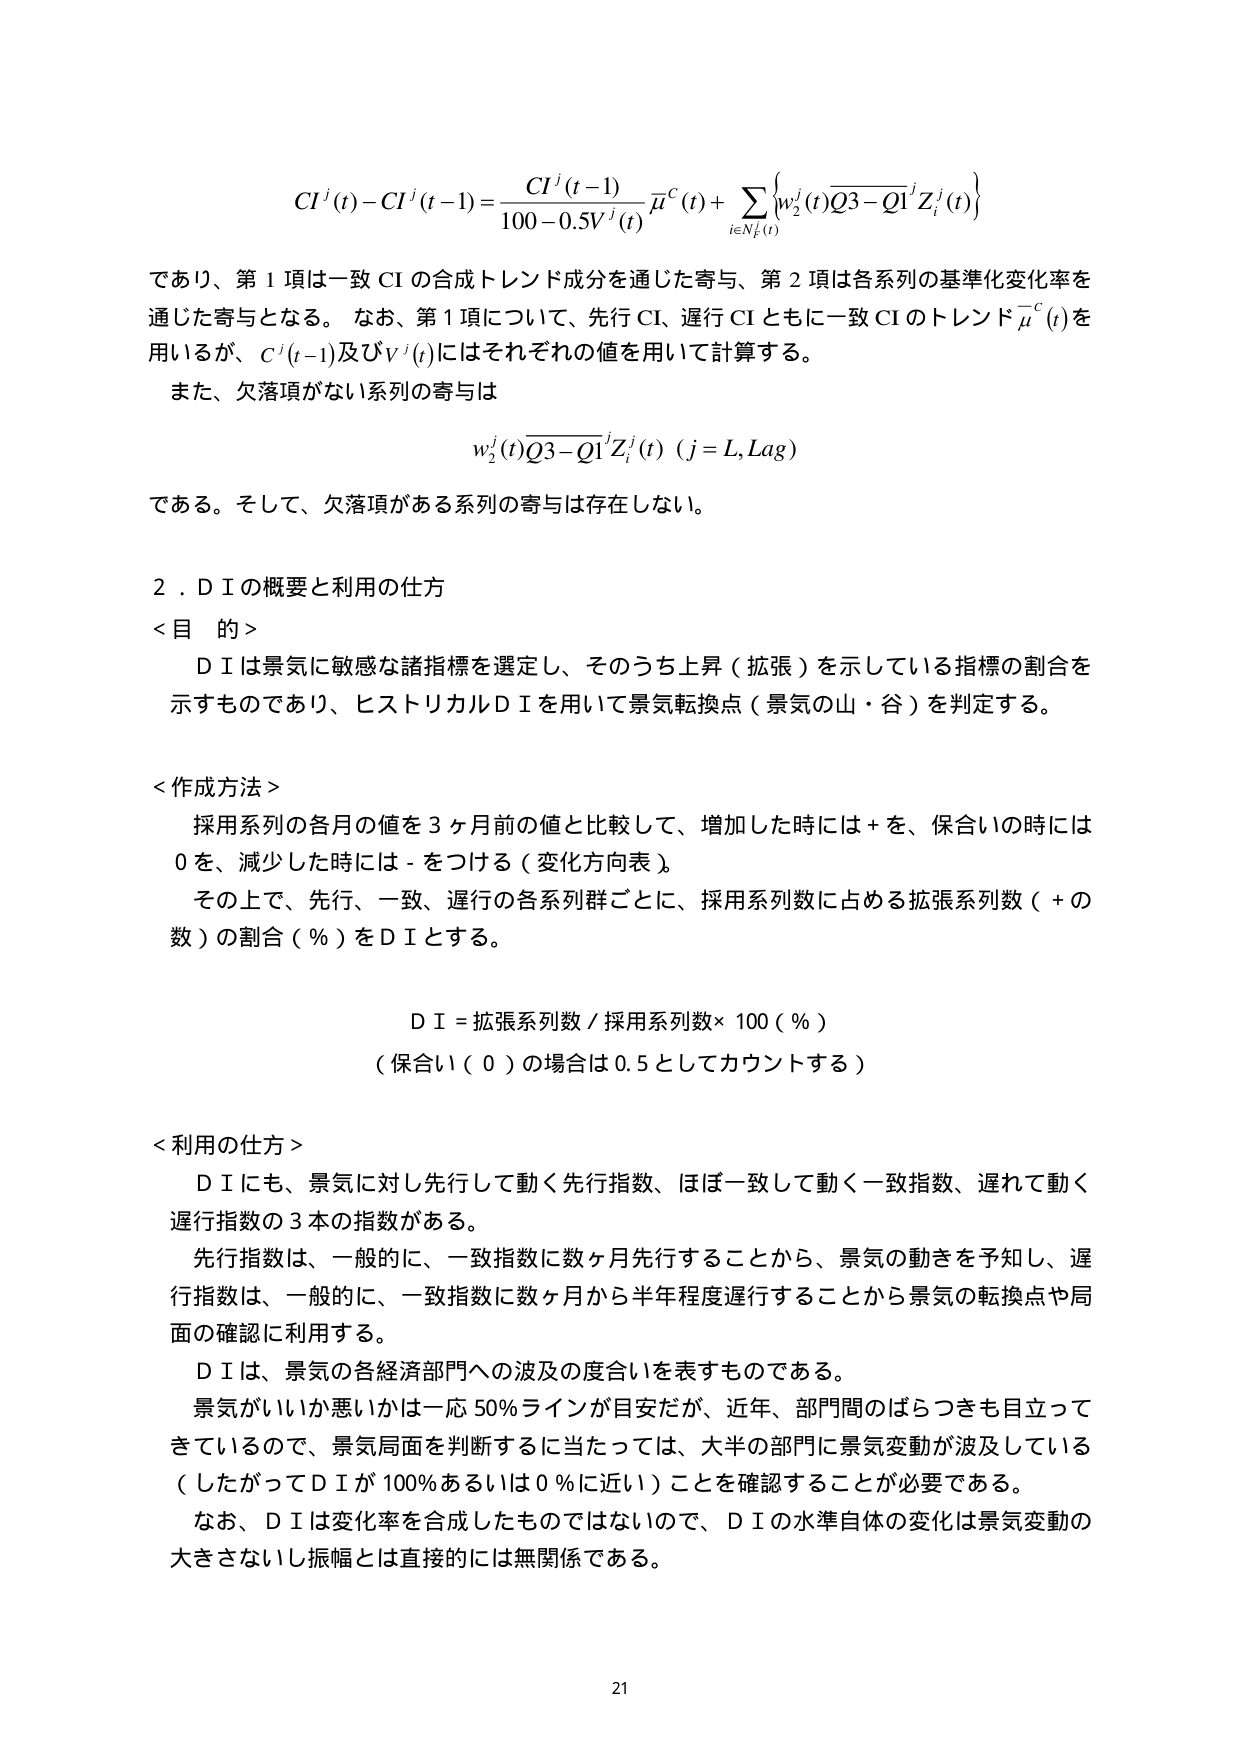
CI^j(t) - CI^j(t-1) = \frac{CI^j(t-1)}{100 - 0.5V^j(t)} \bar{\mu}^c(t) + \sum_{i \in N^j_L(t)} \left\{ w_2^j(t) \overline{Q3 - Q1}^j Z_i^j(t) \right\}

であり、第1項は一致CIの合成トレンド成分を通じた寄与、第2項は各系列の基準化変化率を通じた寄与となる。なお、第1項について、先行CI、遅行CIともに一致CIのトレンド\bar{\mu}^c(t)を用いるが、C^j(t-1)及びV^j(t)にはそれぞれの値を用いて計算する。

また、欠落項がない系列の寄与は

w_2^j(t) \overline{Q3 - Q1}^j Z_i^j(t) \quad (j = L, Lag)

である。そして、欠落項がある系列の寄与は存在しない。

2．ＤＩの概要と利用の仕方

＜目的＞
ＤＩは景気に敏感な諸指標を選定し、そのうち上昇（拡張）を示している指標の割合を示すものであり、ヒストリカルＤＩを用いて景気転換点（景気の山・谷）を判定する。

＜作成方法＞
採用系列の各月の値を3ヶ月前の値と比較して、増加した時には＋を、保合いの時には0を、減少した時には－をつける（変化方向表）。
その上で、先行、一致、遅行の各系列群ごとに、採用系列数に占める拡張系列数（＋の数）の割合（％）をＤＩとする。

ＤＩ＝拡張系列数／採用系列数×100（％）
（保合い（0）の場合は0.5としてカウントする）

＜利用の仕方＞
ＤＩにも、景気に対し先行して動く先行指数、ほぼ一致して動く一致指数、遅れて動く遅行指数の3本の指数がある。
先行指数は、一般的に、一致指数に数ヶ月先行することから、景気の動きを予知し、遅行指数は、一般的に、一致指数に数ヶ月から半年程度遅行することから景気の転換点や局面の確認に利用する。
ＤＩは、景気の各経済部門への波及の度合いを表すものである。
景気がいいか悪いかは一応50％ラインが目安だが、近年、部門間のばらつきも目立ってきているので、景気局面を判断するに当たっては、大半の部門に景気変動が波及している（したがってＤＩが100％あるいは0％に近い）ことを確認することが必要である。
なお、ＤＩは変化率を合成したものではないので、ＤＩの水準自体の変化は景気変動の大きさないし振幅とは直接的には無関係である。

21